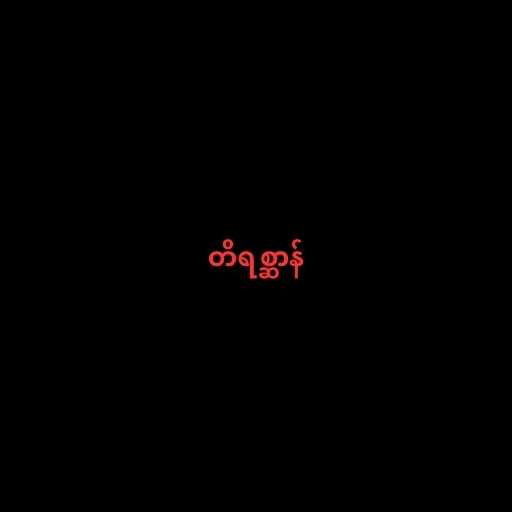
တိရစ္ဆာန်